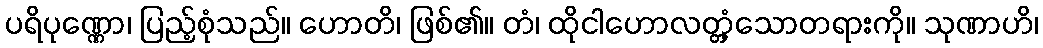
ပရိပုဏ္ဏော၊ ပြည့်စုံသည်။ ဟောတိ၊ ဖြစ်၏။ တံ၊ ထိုငါဟောလတ္တံ့သောတရားကို။ သုဏာဟိ၊